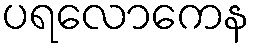
ပရလောကေန